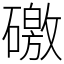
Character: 礉